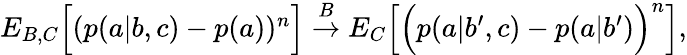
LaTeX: \begin{array}{r}{{E}_{B,C}\Big[(p(a|b,c)-p(a))^{n}\Big]\stackrel{B}{\rightarrow}{E}_{C}\Big[\Big(p(a|b^{\prime},c)-p(a|b^{\prime})\Big)^{n}\Big],}\end{array}